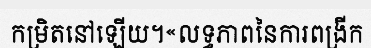
កម្រិតនៅឡើយ។«លទ្ធភាពនៃការពង្រីក